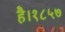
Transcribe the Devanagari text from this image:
है।१८५७